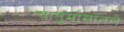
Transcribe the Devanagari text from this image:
चातुर्मासातले